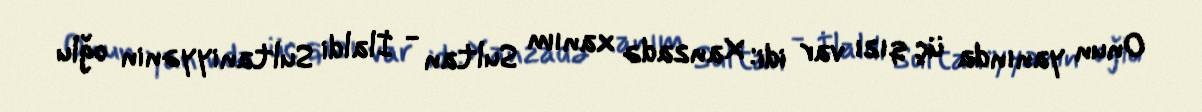
Onun yanında üç qızı var idi: Xanzadə xanım Sultan - İlaldi Sultaniyyənin oğlu